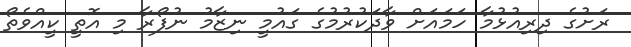
ރަށުގެ ދިރިއުޅުމާ ހަމައަށް ވާދަކުރުމުގެ ގައުމީ ނިޒާމު ނުފޯރާ މި އޮތީ ކީއްވެތޯ